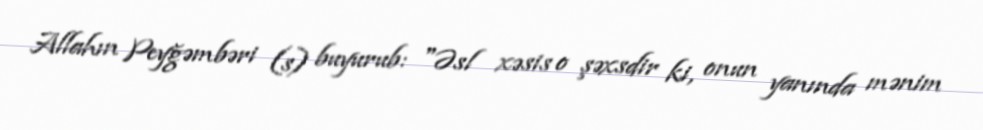
Allahın Peyğəmbəri (s) buyurub: "Əsl xəsis o şəxsdir ki, onun yanında mənim